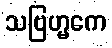
သဗြဟ္မကေ